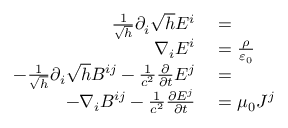
\begin{array} { r l r } { { \frac { 1 } { \sqrt { h } } } \partial _ { i } { \sqrt { h } } E ^ { i } } & { { } = } \\ { \nabla _ { i } E ^ { i } } & { { } = { \frac { \rho } { \varepsilon _ { 0 } } } } \\ { - { \frac { 1 } { \sqrt { h } } } \partial _ { i } { \sqrt { h } } B ^ { i j } - { \frac { 1 } { c ^ { 2 } } } { \frac { \partial } { \partial t } } E ^ { j } } & { { } = } & { } \\ { - \nabla _ { i } B ^ { i j } - { \frac { 1 } { c ^ { 2 } } } { \frac { \partial E ^ { j } } { \partial t } } } & { { } = \mu _ { 0 } J ^ { j } } \end{array}